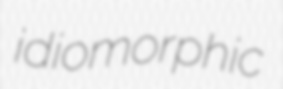
idiomorphic